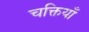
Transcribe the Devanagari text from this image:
चक्तियाँ